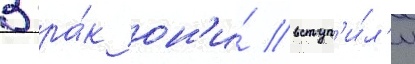
В бра́к он'и́ вступ'и́л'и